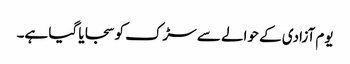
یوم آزادی کے حوالے سے سڑک کو سجایا گیا ہے۔